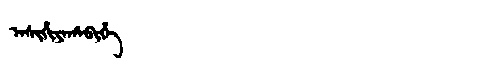
Manchu: ᠠᠰᡳᡥᡳᠶᠠᡥᠠᠪᡳᡥᡝ
Romanization: ASIHIYAHABIHE